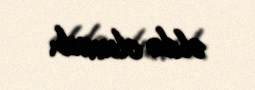
əldə olunub.